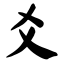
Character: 爻